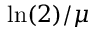
\ln ( 2 ) / \mu